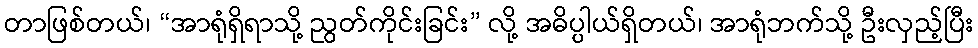
တာဖြစ်တယ်၊ “အာရုံရှိရာသို့ ညွတ်ကိုင်းခြင်း” လို့ အဓိပ္ပါယ်ရှိတယ်၊ အာရုံဘက်သို့ ဦးလှည့်ပြီး